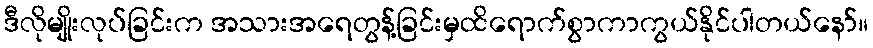
ဒီလိုမျိုးလုပ်ခြင်းက အသားအရေတွန့်ခြင်းမှထိရောက်စွာကာကွယ်နိုင်ပါတယ်နော်။